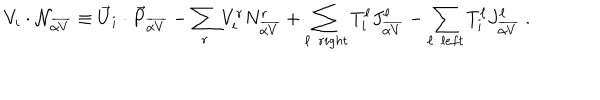
LaTeX: V _ { i } \cdot { \cal N } _ { \overline { { { \alpha V } } } } \equiv { \vec { U } } _ { i } \cdot { \vec { P } } _ { \overline { { { \alpha V } } } } - \sum _ { r } V _ { i } ^ { r } N _ { \overline { { { \alpha V } } } } ^ { r } + \sum _ { \ell : ~ r i g h t } T _ { i } ^ { \ell } J _ { \overline { { { \alpha V } } } } ^ { \ell } - \sum _ { \ell : ~ l e f t } T _ { i } ^ { \ell } J _ { \overline { { { \alpha V } } } } ^ { \ell } ~ .